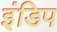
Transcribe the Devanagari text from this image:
इंडिप